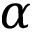
\alpha